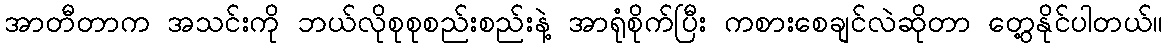
အာတီတာက အသင်းကို ဘယ်လိုစုစုစည်းစည်းနဲ့ အာရုံစိုက်ပြီး ကစားစေချင်လဲဆိုတာ တွေ့နိုင်ပါတယ်။